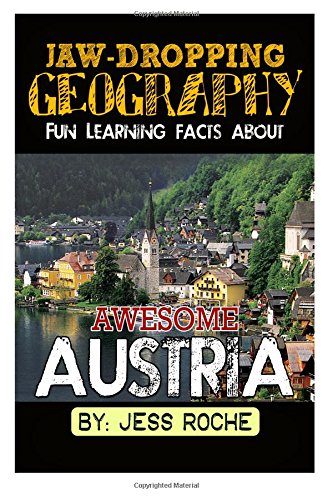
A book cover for Jaw-Dropping Geography: Fun Learning Facts About Awesome Austria: Illustrated Fun Learning For Kids (Jaw-Dropping GeographyJaw-Dropping Geography) (Volume 1); Jess Roche; Travel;